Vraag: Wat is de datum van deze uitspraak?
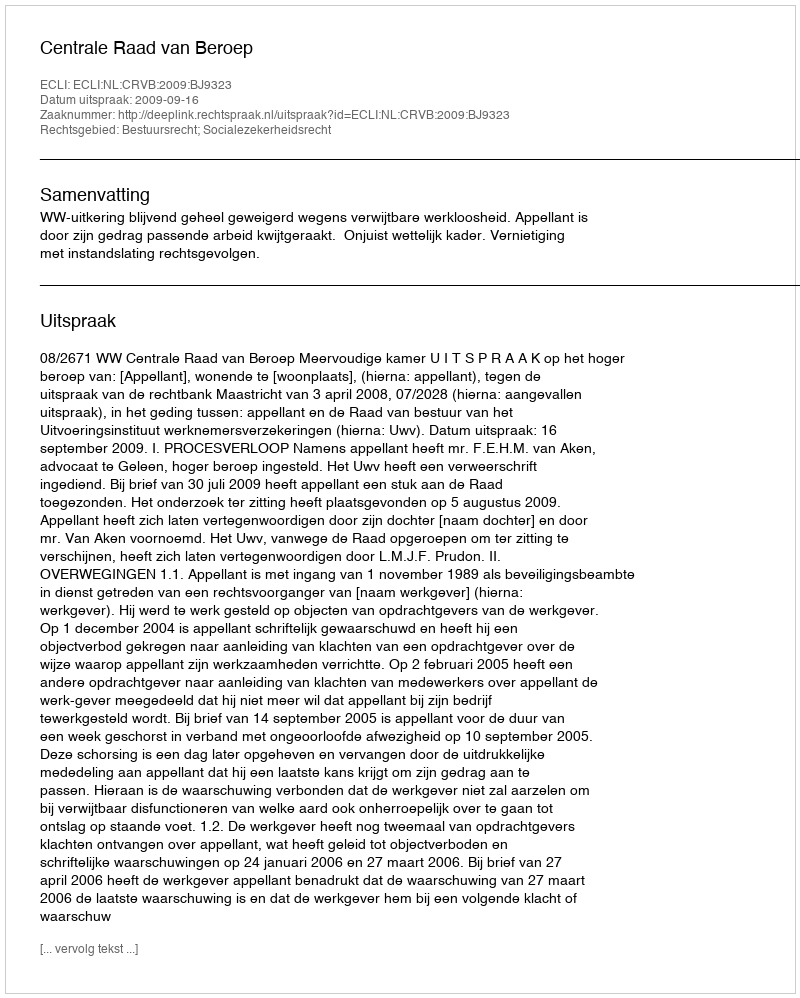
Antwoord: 2009-09-16